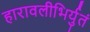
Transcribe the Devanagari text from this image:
हारावलीभिर्युतं